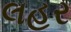
લહર